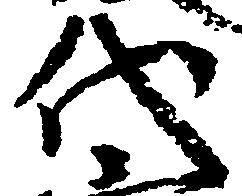
代